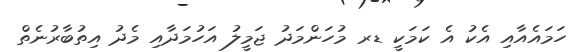
ހަމައެއާއި އެކު އެ ކަމަކީ ޑރ މުހަންމަދު ޖަމީލު އަހުމަދާއި މެދު އިތުބާރުނެތް